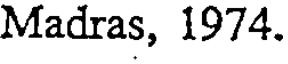
Madras, 1974.